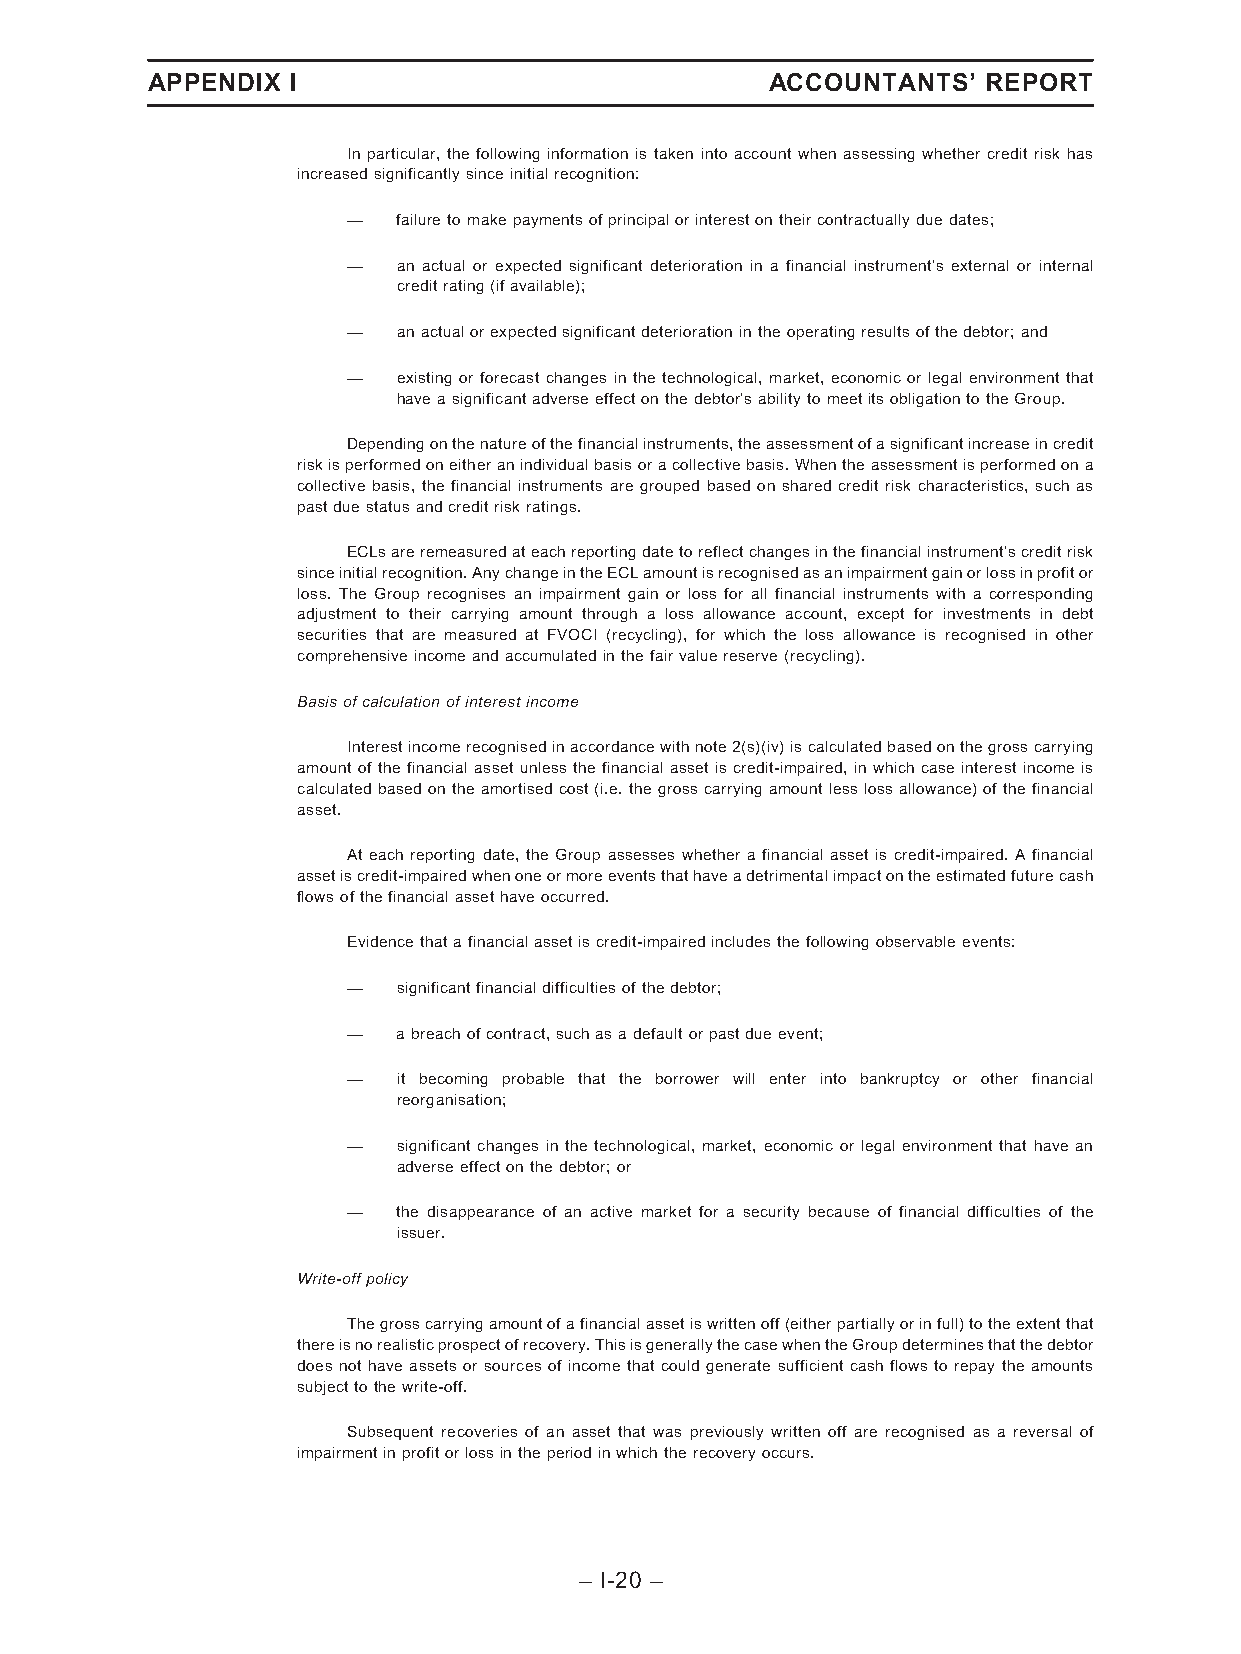
APPENDIX I                               ACCOUNTANTS’  REPORT
 In particular, the following information is taken into account when assessing whether credit risk has
 increasedsignificantlysinceinitialrecognition:
 —  failuretomakepaymentsofprincipalorinterestontheircontractuallyduedates;
 —  an actual or expected significant deterioration in a financial instrument’s external or internal
 creditrating(ifavailable);
 —  anactualorexpectedsignificantdeteriorationintheoperatingresultsofthedebtor;and
 —  existing or forecast changes in the technological, market, economic or legal environment that
 haveasignificantadverseeffectonthedebtor’sabilitytomeetitsobligationtotheGroup.
 Dependingonthenatureofthefinancialinstruments,theassessmentofasignificantincreaseincredit
 riskisperformedoneitheranindividualbasisoracollectivebasis.Whentheassessmentisperformedona
 collective basis, the financial instruments are grouped based on shared credit risk characteristics, such as
 pastduestatusandcreditriskratings.
 ECLsareremeasuredateachreportingdatetoreflectchangesinthefinancialinstrument’screditrisk
 sinceinitialrecognition.AnychangeintheECLamountisrecognisedasanimpairmentgainorlossinprofitor
 loss. The Group recognises an impairment gain or loss for all financial instruments with a corresponding
 adjustment to their carrying amount through a loss allowance account, except for investments in debt
 securities that are measured at FVOCI (recycling), for which the loss allowance is recognised in other
 comprehensiveincomeandaccumulatedinthefairvaluereserve(recycling).
 Basisofcalculationofinterestincome
 Interestincomerecognisedinaccordancewithnote2(s)(iv)iscalculatedbasedonthegrosscarrying
 amount of the financial asset unless the financial asset is credit-impaired, in which case interest income is
 calculated based on theamortised cost (i.e. the gross carrying amount less loss allowance) of thefinancial
 asset.
 At each reporting date, the Group assesses whether a financial asset is credit-impaired. A financial
 assetiscredit-impairedwhenoneormoreeventsthathaveadetrimentalimpactontheestimatedfuturecash
 flowsofthefinancialassethaveoccurred.
 Evidencethatafinancialassetiscredit-impairedincludesthefollowingobservableevents:
 —  significantfinancialdifficultiesofthedebtor;
 —  abreachofcontract,suchasadefaultorpastdueevent;
 —  it becoming probable that the borrower will enter into bankruptcy or other financial
 reorganisation;
 —  significant changes in the technological, market, economic or legal environment that have an
 adverseeffectonthedebtor;or
 —  the disappearance of an active market for a security because of financial difficulties of the
 issuer.
 Write-offpolicy
 Thegrosscarryingamountofafinancialassetiswrittenoff(eitherpartiallyorinfull)totheextentthat
 thereisnorealisticprospectofrecovery.ThisisgenerallythecasewhentheGroupdeterminesthatthedebtor
 does not have assets or sources of income that could generate sufficient cash flows to repay the amounts
 subjecttothewrite-off.
 Subsequent recoveries of an asset that was previously written off are recognised as a reversal of
 impairmentinprofitorlossintheperiodinwhichtherecoveryoccurs.
 – I-20 –